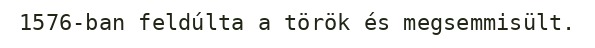
1576-ban feldúlta a török és megsemmisült.